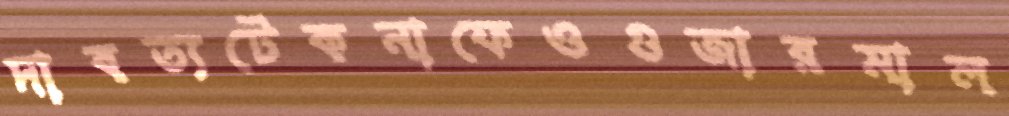
দাবত্যটেকনাফেওগুজারমাল